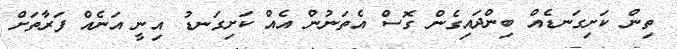
ތިން ކަށިގަނޑެއް ބިންދައިގެން ގޮސް އެތަނުން އެއް ކަށިގަނޑު އިނީ އަނެއް ފަރާތަށް